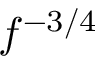
f ^ { - 3 / 4 }